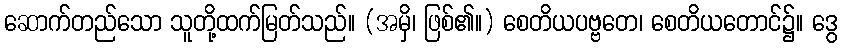
ဆောက်တည်သော သူတို့ထက်မြတ်သည်။ (အမှိ၊ ဖြစ်၏။) စေတိယပဗ္ဗတေ၊ စေတိယတောင်၌။ ဒွေ